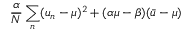
\frac { \alpha } { N } \sum _ { n } ( u _ { n } - \mu ) ^ { 2 } + ( \alpha \mu - \beta ) ( \bar { u } - \mu )